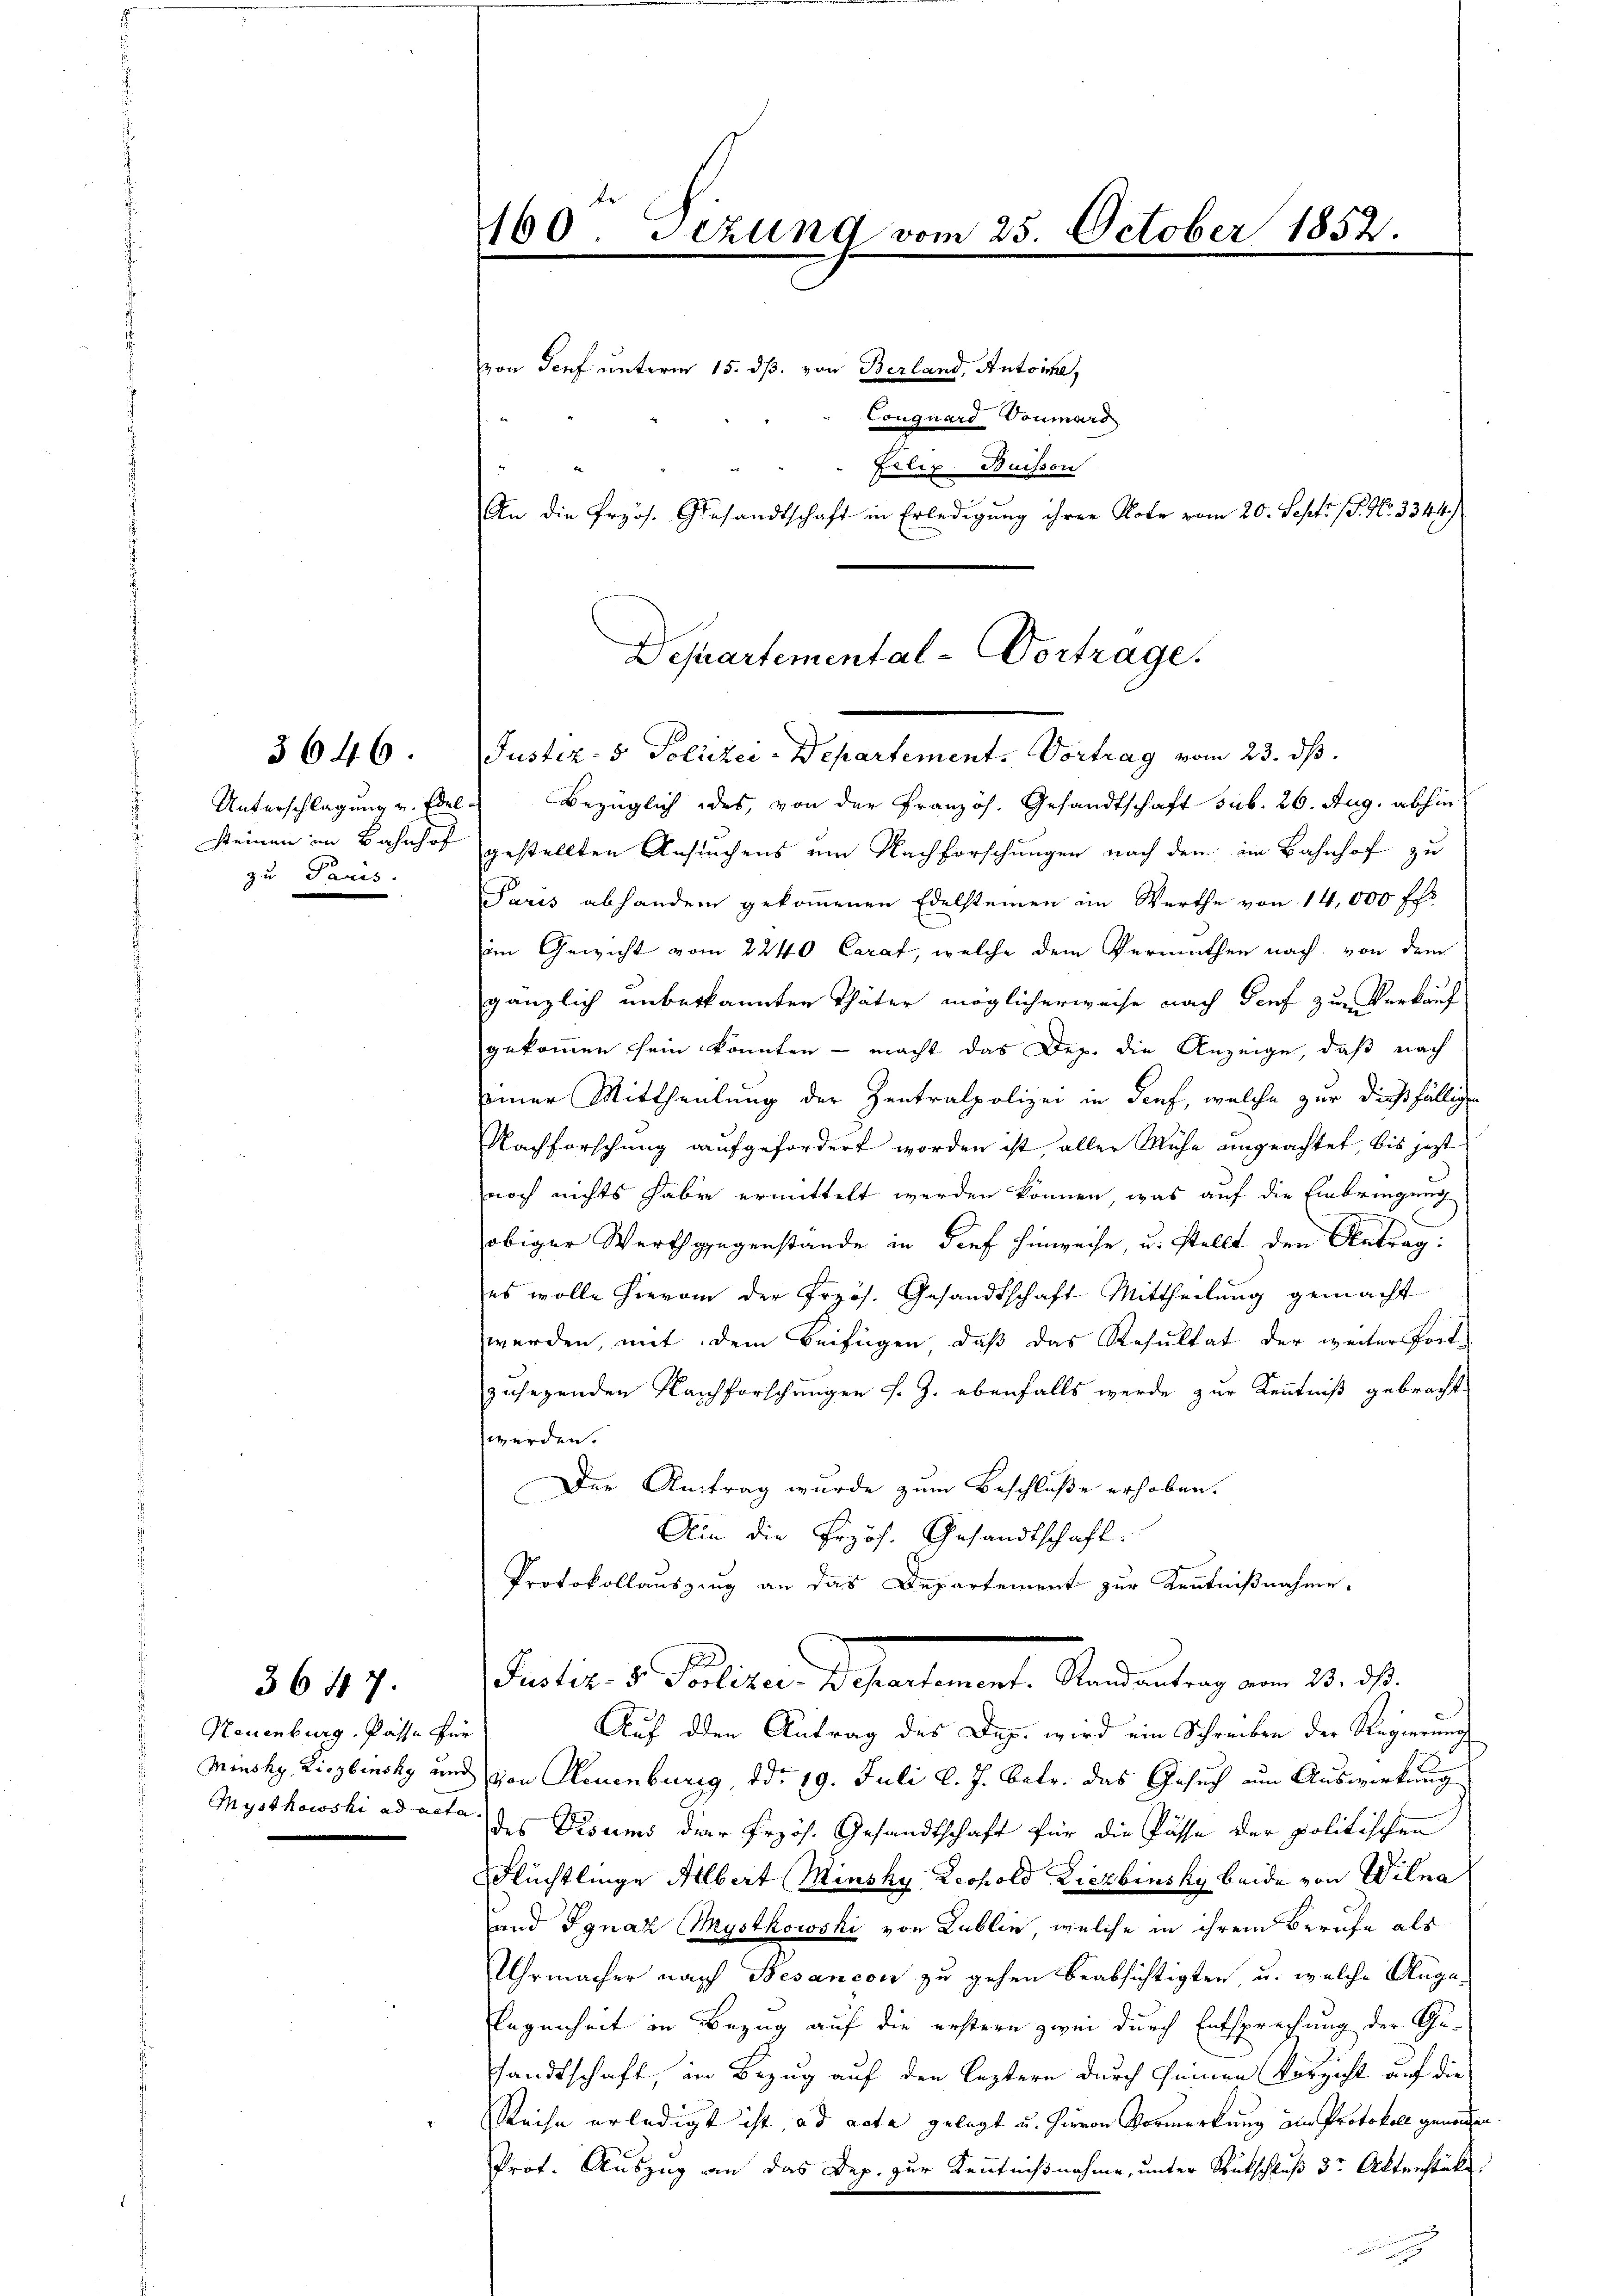
Unterschlagung v. Edel-
zu Paris.

3646.

Neuenburg. Pässe für

3647.

160 Gezung vom 25. October 1852.

von Senf unterm 15. ds. von Berland, Antoine,
Conguard Commart
Felix Buisson
An die Erzös. Gesandtschaft in Erledigung ihrer Note vom 20. Sept. 1. No. 3344)

Bezüglich des von der Französ. Gesandtschaft sub. 26. Aug. abhin
steinen im Bahnhof gestellten Ansuchens um Nachforschungen nach den im Bahnhof zu
Paris abhandern gekoṁenen Edelsteinen im Werthe von 14,000 ff.
im Gewicht vom 2240 Carat, welche dem Vermuthen nach von dem
gänzlich unberkannten Thäter möglicherweise nach Genf zur Verkauf
gekommen sein könnten - macht das Dep. die Anzeige, daß nach
seiner Mittheilung der Zentralpolizei in Genf, welche zur dießfälligen
Nachforschung aufgefordert worden ist aller Mühe ungeachtet, bis jezt
noch nichts haben ermittelt werden können, was auf die Einbringung
obiger Werthgegenstände in Tief hinweise, u. stellt den Antrag:
es wolle hievon der Frzös. Gesandtschaft Mittheilung gemacht
werden, mit dem Beifügen, daß das Resultat der weiter fortzusehenden Nachforschungen s. Z. ebenfalls werde zur Kenntniß gebracht
werden.
Der Antrag wurde zum Beschluße erhoben.
Ain die Przös. Gesandtschaft.
Protokollauszzug an das Departement zur Kenntnißnahme.
Patier v. Freiter Departement. Abendeutung vom 20. d.
Auf den Antrag des Dep. wird ein Schreiben der Regierung
Minsky, Liebensky und von Steuenburg, ddo 19. Juli l. J. betr. das Gesuch an Auswirkung
Mysthowski ad acte des Visums der Frzös. Gesandtschaft für die Pässe der politischen
Flüchtlinge Albert Minsky, Leopold Liezbinsky beide von Wilna
und Jgnaz Mystkowski von Lublin, welche in ihrem Berufe als
Uhrmacher nach Besancon zu gehen beabsichtigten, u. welche Angelegenheit in Bezug auf die erstern zwei durch Entsprechung der Gesandtschaft, in Bezug auf den leztern durch seinen Verzicht auf die
Reise erledigt ist, ad acta gelegt u. hievon Vormerkung an Protokoll gemachen
Prot. Auszug an das Dep. zur Kenntnißnahme, unter Rückschluß der Aktenstücke.
g

Departemental-Vortrage.
Justiz- & Polizei-Departement. Vortrag vom 23. ds.